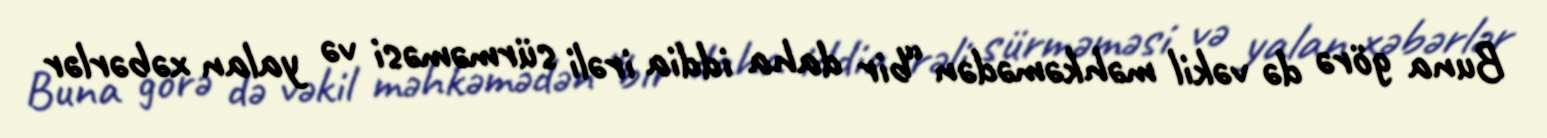
Buna görə də vəkil məhkəmədən “bir daha iddia irəli sürməməsi və yalan xəbərlər